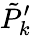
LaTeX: \tilde{P}_{k}^{\prime}